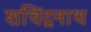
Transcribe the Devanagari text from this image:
शचिंद्रनाथ